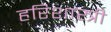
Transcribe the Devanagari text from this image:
हरिशास्त्री